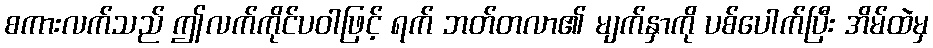
စကားလက်သည် ဤလက်ကိုင်ပဝါဖြင့် ရက် ဘတ်တလာ၏ မျက်နှာကို ပစ်ပေါက်ပြီး အိမ်ထဲမှ